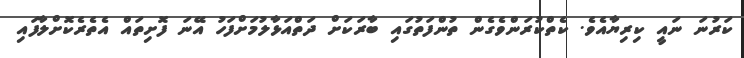
ކަރުނަ ނައީ ކިރިޔާއެވެ. ކެތްކުރަންވެގެން ތުންފަތުގައި ބާރަކަށް ދަތްއަޅާލުމަށްފަހު އޭނަ ފޮށިތައް އެތެރެކޮށްލާފައި